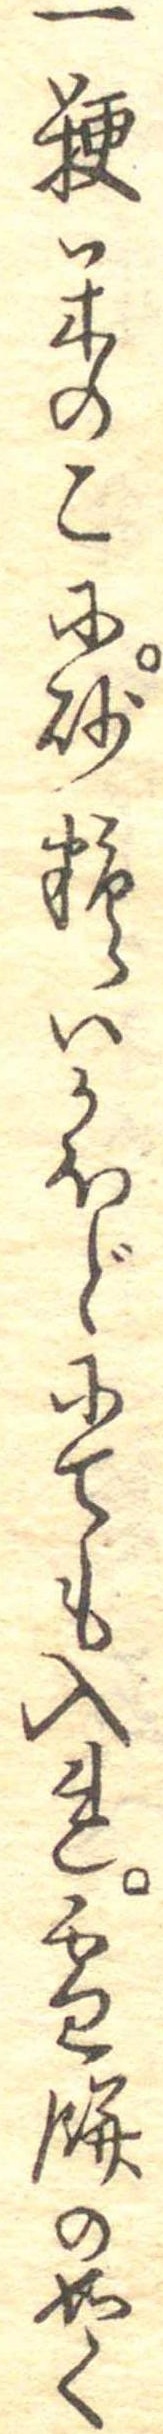
一粳米のこに砂糖いかほどにても入れ雪餅の如く